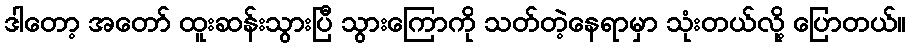
ဒါတော့ အတော် ထူးဆန်းသွားပြီ သွားကြောကို သတ်တဲ့နေရာမှာ သုံးတယ်လို့ ပြောတယ်။